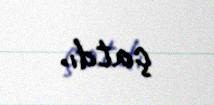
çatdı.